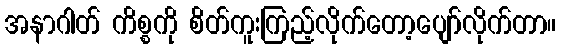
အနာဂါတ် ကိစ္စကို စိတ်ကူးကြည့်လိုက်တော့ပျော်လိုက်တာ။